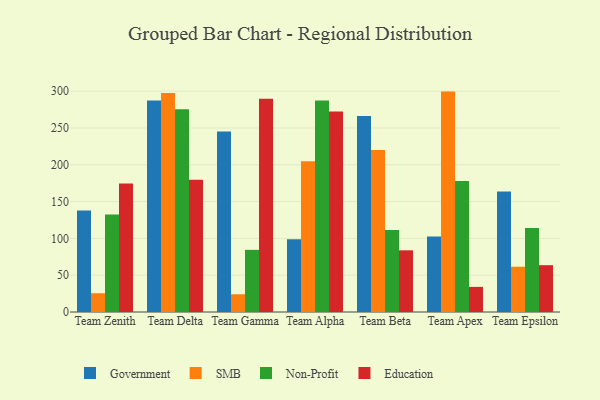
{"axis": {"x": "Team", "y": "Operating Costs (USD K)"}, "legend": ["Education", "Government", "Non-Profit", "SMB"], "data": [{"x": "Team Zenith", "y": 138.0, "type": "Government"}, {"x": "Team Zenith", "y": 25.5, "type": "SMB"}, {"x": "Team Zenith", "y": 132.4, "type": "Non-Profit"}, {"x": "Team Zenith", "y": 174.6, "type": "Education"}, {"x": "Team Delta", "y": 287.3, "type": "Government"}, {"x": "Team Delta", "y": 297.5, "type": "SMB"}, {"x": "Team Delta", "y": 275.5, "type": "Non-Profit"}, {"x": "Team Delta", "y": 179.8, "type": "Education"}, {"x": "Team Gamma", "y": 245.2, "type": "Government"}, {"x": "Team Gamma", "y": 24.1, "type": "SMB"}, {"x": "Team Gamma", "y": 84.4, "type": "Non-Profit"}, {"x": "Team Gamma", "y": 289.6, "type": "Education"}, {"x": "Team Alpha", "y": 98.9, "type": "Government"}, {"x": "Team Alpha", "y": 204.9, "type": "SMB"}, {"x": "Team Alpha", "y": 287.4, "type": "Non-Profit"}, {"x": "Team Alpha", "y": 272.2, "type": "Education"}, {"x": "Team Beta", "y": 266.4, "type": "Government"}, {"x": "Team Beta", "y": 220.1, "type": "SMB"}, {"x": "Team Beta", "y": 111.5, "type": "Non-Profit"}, {"x": "Team Beta", "y": 83.8, "type": "Education"}, {"x": "Team Apex", "y": 102.4, "type": "Government"}, {"x": "Team Apex", "y": 299.4, "type": "SMB"}, {"x": "Team Apex", "y": 177.8, "type": "Non-Profit"}, {"x": "Team Apex", "y": 34.1, "type": "Education"}, {"x": "Team Epsilon", "y": 163.8, "type": "Government"}, {"x": "Team Epsilon", "y": 61.5, "type": "SMB"}, {"x": "Team Epsilon", "y": 114.2, "type": "Non-Profit"}, {"x": "Team Epsilon", "y": 63.6, "type": "Education"}]}